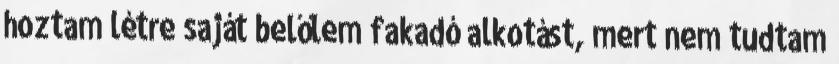
hoztam létre saját belőlem fakadó alkotást, mert nem tudtam